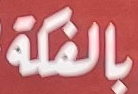
بالفكة